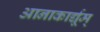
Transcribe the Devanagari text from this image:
आनाकार्द्यूम्